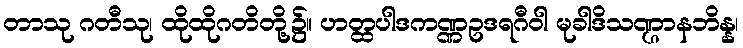
တာသု ဂတီသု၊ ထိုထိုဂတိတို့၌။ ဟတ္ထပါဒကဏ္ဏဥဒရဂီဝါ မုခါဒိသဏ္ဌာနဘိန္န၊